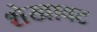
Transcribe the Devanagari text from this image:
शेखावट